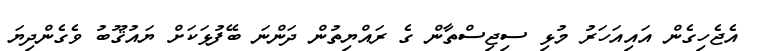
އެޖެހިގެން އައިއަހަރު މުޅި ސިޖިސްތާން ގެ ރައްޔިތުން ދަންނަ ބޭފުޅަކަށް ޔައުޤޫބު ވެގެންދިޔަ